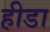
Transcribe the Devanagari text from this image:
हीडा